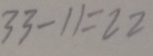
3 3 - 1 1 = 2 2